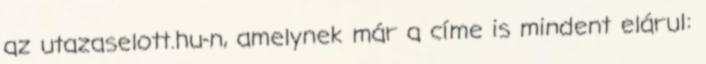
az utazaselott.hu-n, amelynek már a címe is mindent elárul: